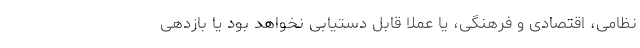
نظامی، اقتصادی و فرهنگی، یا عملاً قابل دستیابی نخواهد بود یا بازدهی